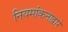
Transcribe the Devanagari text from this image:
नियमांकनाद्वारे